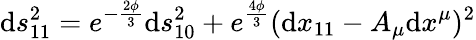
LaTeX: \mathrm{d}s_{11}^{2}=e^{-{\frac{{2\phi}}{{3}}}}\mathrm{d}s_{10}^{2}+e^{\frac{{4\phi}}{{3}}}(\mathrm{d}x_{11}-A_{\mu}\mathrm{d}x^{\mu})^{2}